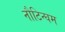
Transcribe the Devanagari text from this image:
नौटिन्घम